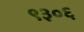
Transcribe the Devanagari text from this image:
९३०६